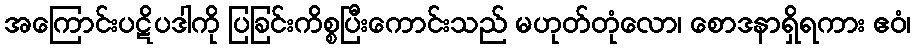
အကြောင်းပဋိပဒါကို ပြခြင်းကိစ္စပြီးကောင်းသည် မဟုတ်တုံလော၊ စောဒနာရှိရကား ဧဝံ၊